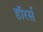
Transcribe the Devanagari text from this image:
हॉरर्स